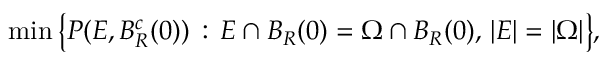
\begin{array} { r } { \operatorname* { m i n } \big \{ P ( E , B _ { R } ^ { c } ( 0 ) ) \, : \, E \cap B _ { R } ( 0 ) = \Omega \cap B _ { R } ( 0 ) , \, | E | = | \Omega | \big \} , } \end{array}